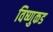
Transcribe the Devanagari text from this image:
विष्णुकड